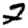
Digit: 2